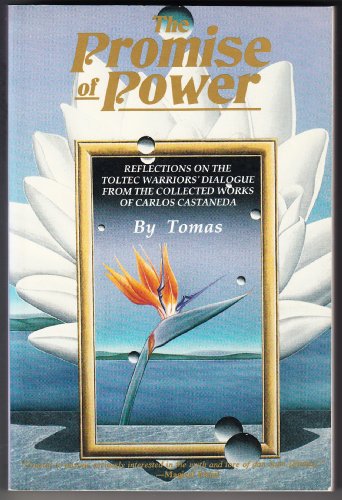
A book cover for The Promise of Power: Reflections on the Toltec Warriors' Dialogue from the Collected Works of Carlos Castaneda; Arthur C. Tennies; Business & Money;